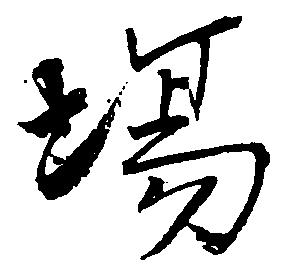
場